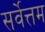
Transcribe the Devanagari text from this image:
सर्वेत्तम